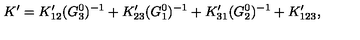
K ^ { \prime } = K _ { 1 2 } ^ { \prime } ( G _ { 3 } ^ { 0 } ) ^ { - 1 } + K _ { 2 3 } ^ { \prime } ( G _ { 1 } ^ { 0 } ) ^ { - 1 } + K _ { 3 1 } ^ { \prime } ( G _ { 2 } ^ { 0 } ) ^ { - 1 } + K _ { 1 2 3 } ^ { \prime } ,